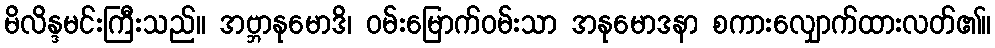
မိလိန္ဒမင်းကြီးသည်။ အဗ္ဘာနုမောဒိ၊ ဝမ်းမြောက်ဝမ်းသာ အနုမောဒနာ စကားလျှောက်ထားလတ်၏။